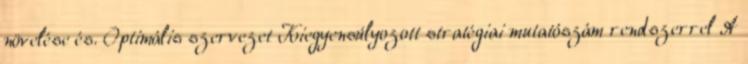
növelése és. Optimális szervezet Kiegyensúlyozott stratégiai mutatószám rendszerrel A